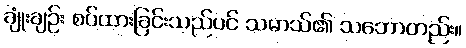
ချုံးချဉ်း စပ်ထားခြင်းသည်ပင် သမာသ်၏ သဘောတည်း။